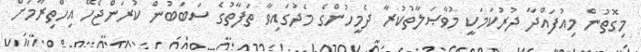
މިގޮތުން މިއުފައްދާ ދުރުކަމަކީ މުވާޞަލާތުކުރާ ދެމީހުންގެ މެދުގައިވާ ތަފާތުގެ ސަބަބުން ކުރަންޖެހޭ އިހްތިރާމަށް